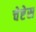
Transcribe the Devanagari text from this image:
चेष्टेस